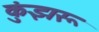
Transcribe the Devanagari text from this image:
कुंझरू